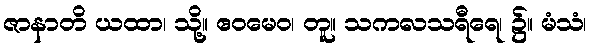
ဇာနာတိ ယထာ၊ သို့။ ဧဝမေဝ၊ တူ။ သကလသရီရေ၊ ၌။ မံသံ၊